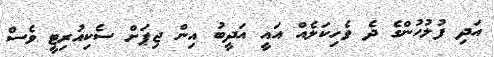
އަދި ފުލުހުންގެ ދެ ވެހިކަލެއް އައީ އަދީބު އިން ޖިޕަށް ސެކިއުރިޓީ ވެސް